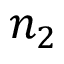
n _ { 2 }